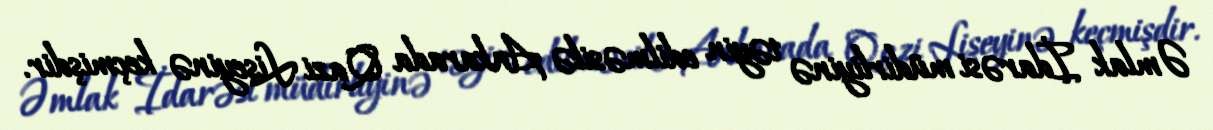
Əmlak İdarəsi müdirliyinə təyin edilməsilə Ankarada Qazi Liseyinə keçmişdir.